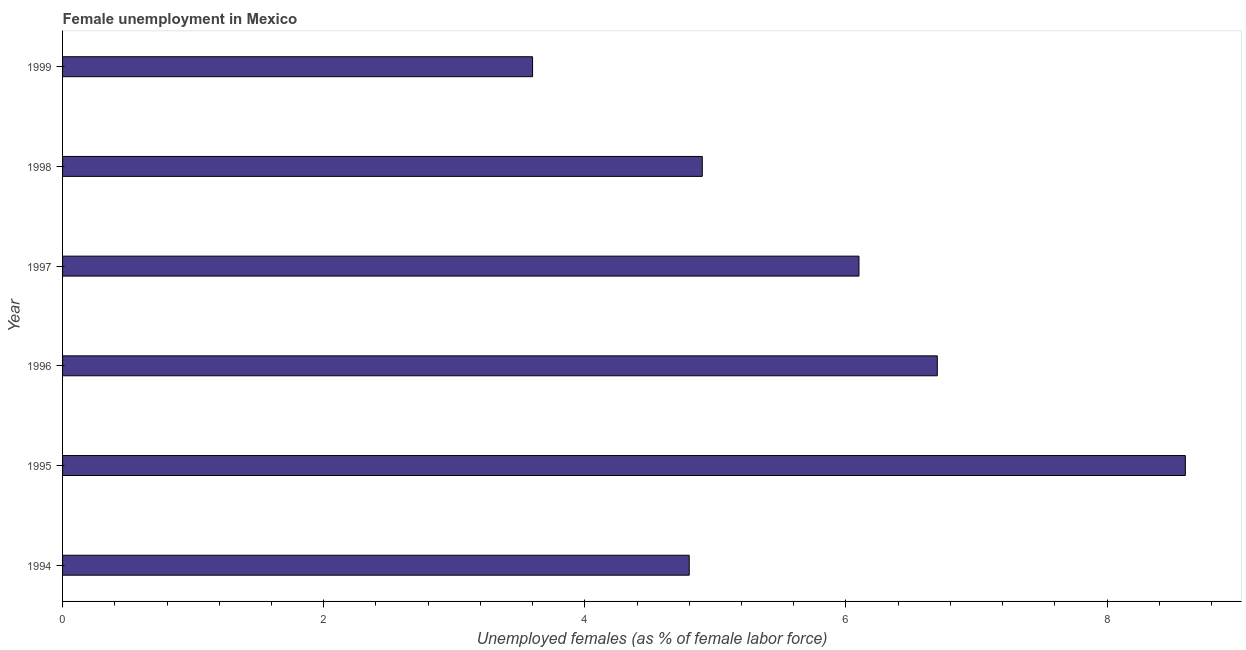
| Year | Unemployment |
 | --- | --- |
 | 1994 | 4.8 |
 | 1995 | 8.6 |
 | 1996 | 6.7 |
 | 1997 | 6.1 |
 | 1998 | 4.9 |
 | 1999 | 3.6 |